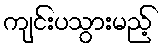
ကျင်းပသွားမည့်